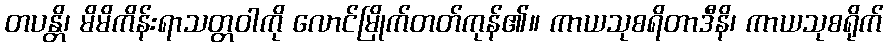
တပန္တိ၊ မိမိကိန်းရာသတ္တဝါကို လောင်မြိုက်တတ်ကုန်၏။ ကာယသုစရိတာဒီနိ၊ ကာယသုစရိုက်